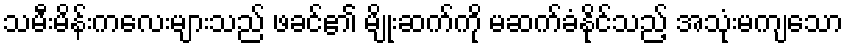
သမီးမိန်းကလေးများသည် ဖခင်၏ မျိုးဆက်ကို မဆက်ခံနိုင်သည့် အသုံးမကျသော